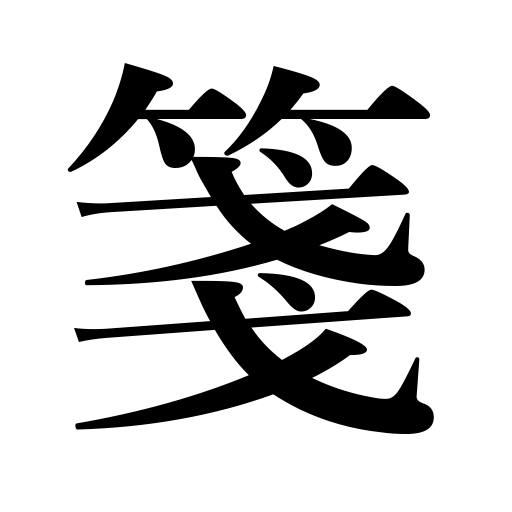
Meanings: paper,label,composition,letter